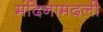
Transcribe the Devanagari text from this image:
मंदिनामदली